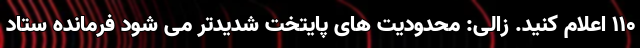
۱۱۰ اعلام کنید. زالی: محدودیت های پایتخت شدیدتر می شود فرمانده ستاد